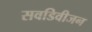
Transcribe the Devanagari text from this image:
सवडिवीजन